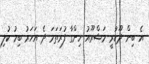
އެ ބިން ދޫކުރީ މަޝްރޫއު ހިންގާ ފުރަތަމަ ދެ އަހަރު ބިމު ކުލި